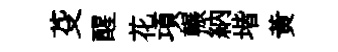
芟醒花項輾納堦黄